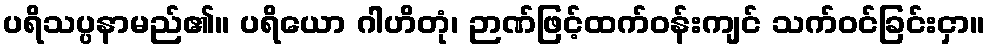
ပရိသပ္ပနာမည်၏။ ပရိယော ဂါဟိတုံ၊ ဉာဏ်ဖြင့်ထက်ဝန်းကျင် သက်ဝင်ခြင်းငှာ။